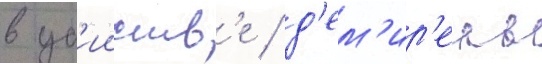
в уб'ииств'е / д'ем'ир'ель